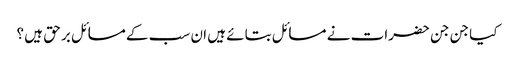
کیا جن جن حضرات نے مسائل بتائے ہیں ان سب کے مسائل بر حق ہیں ؟